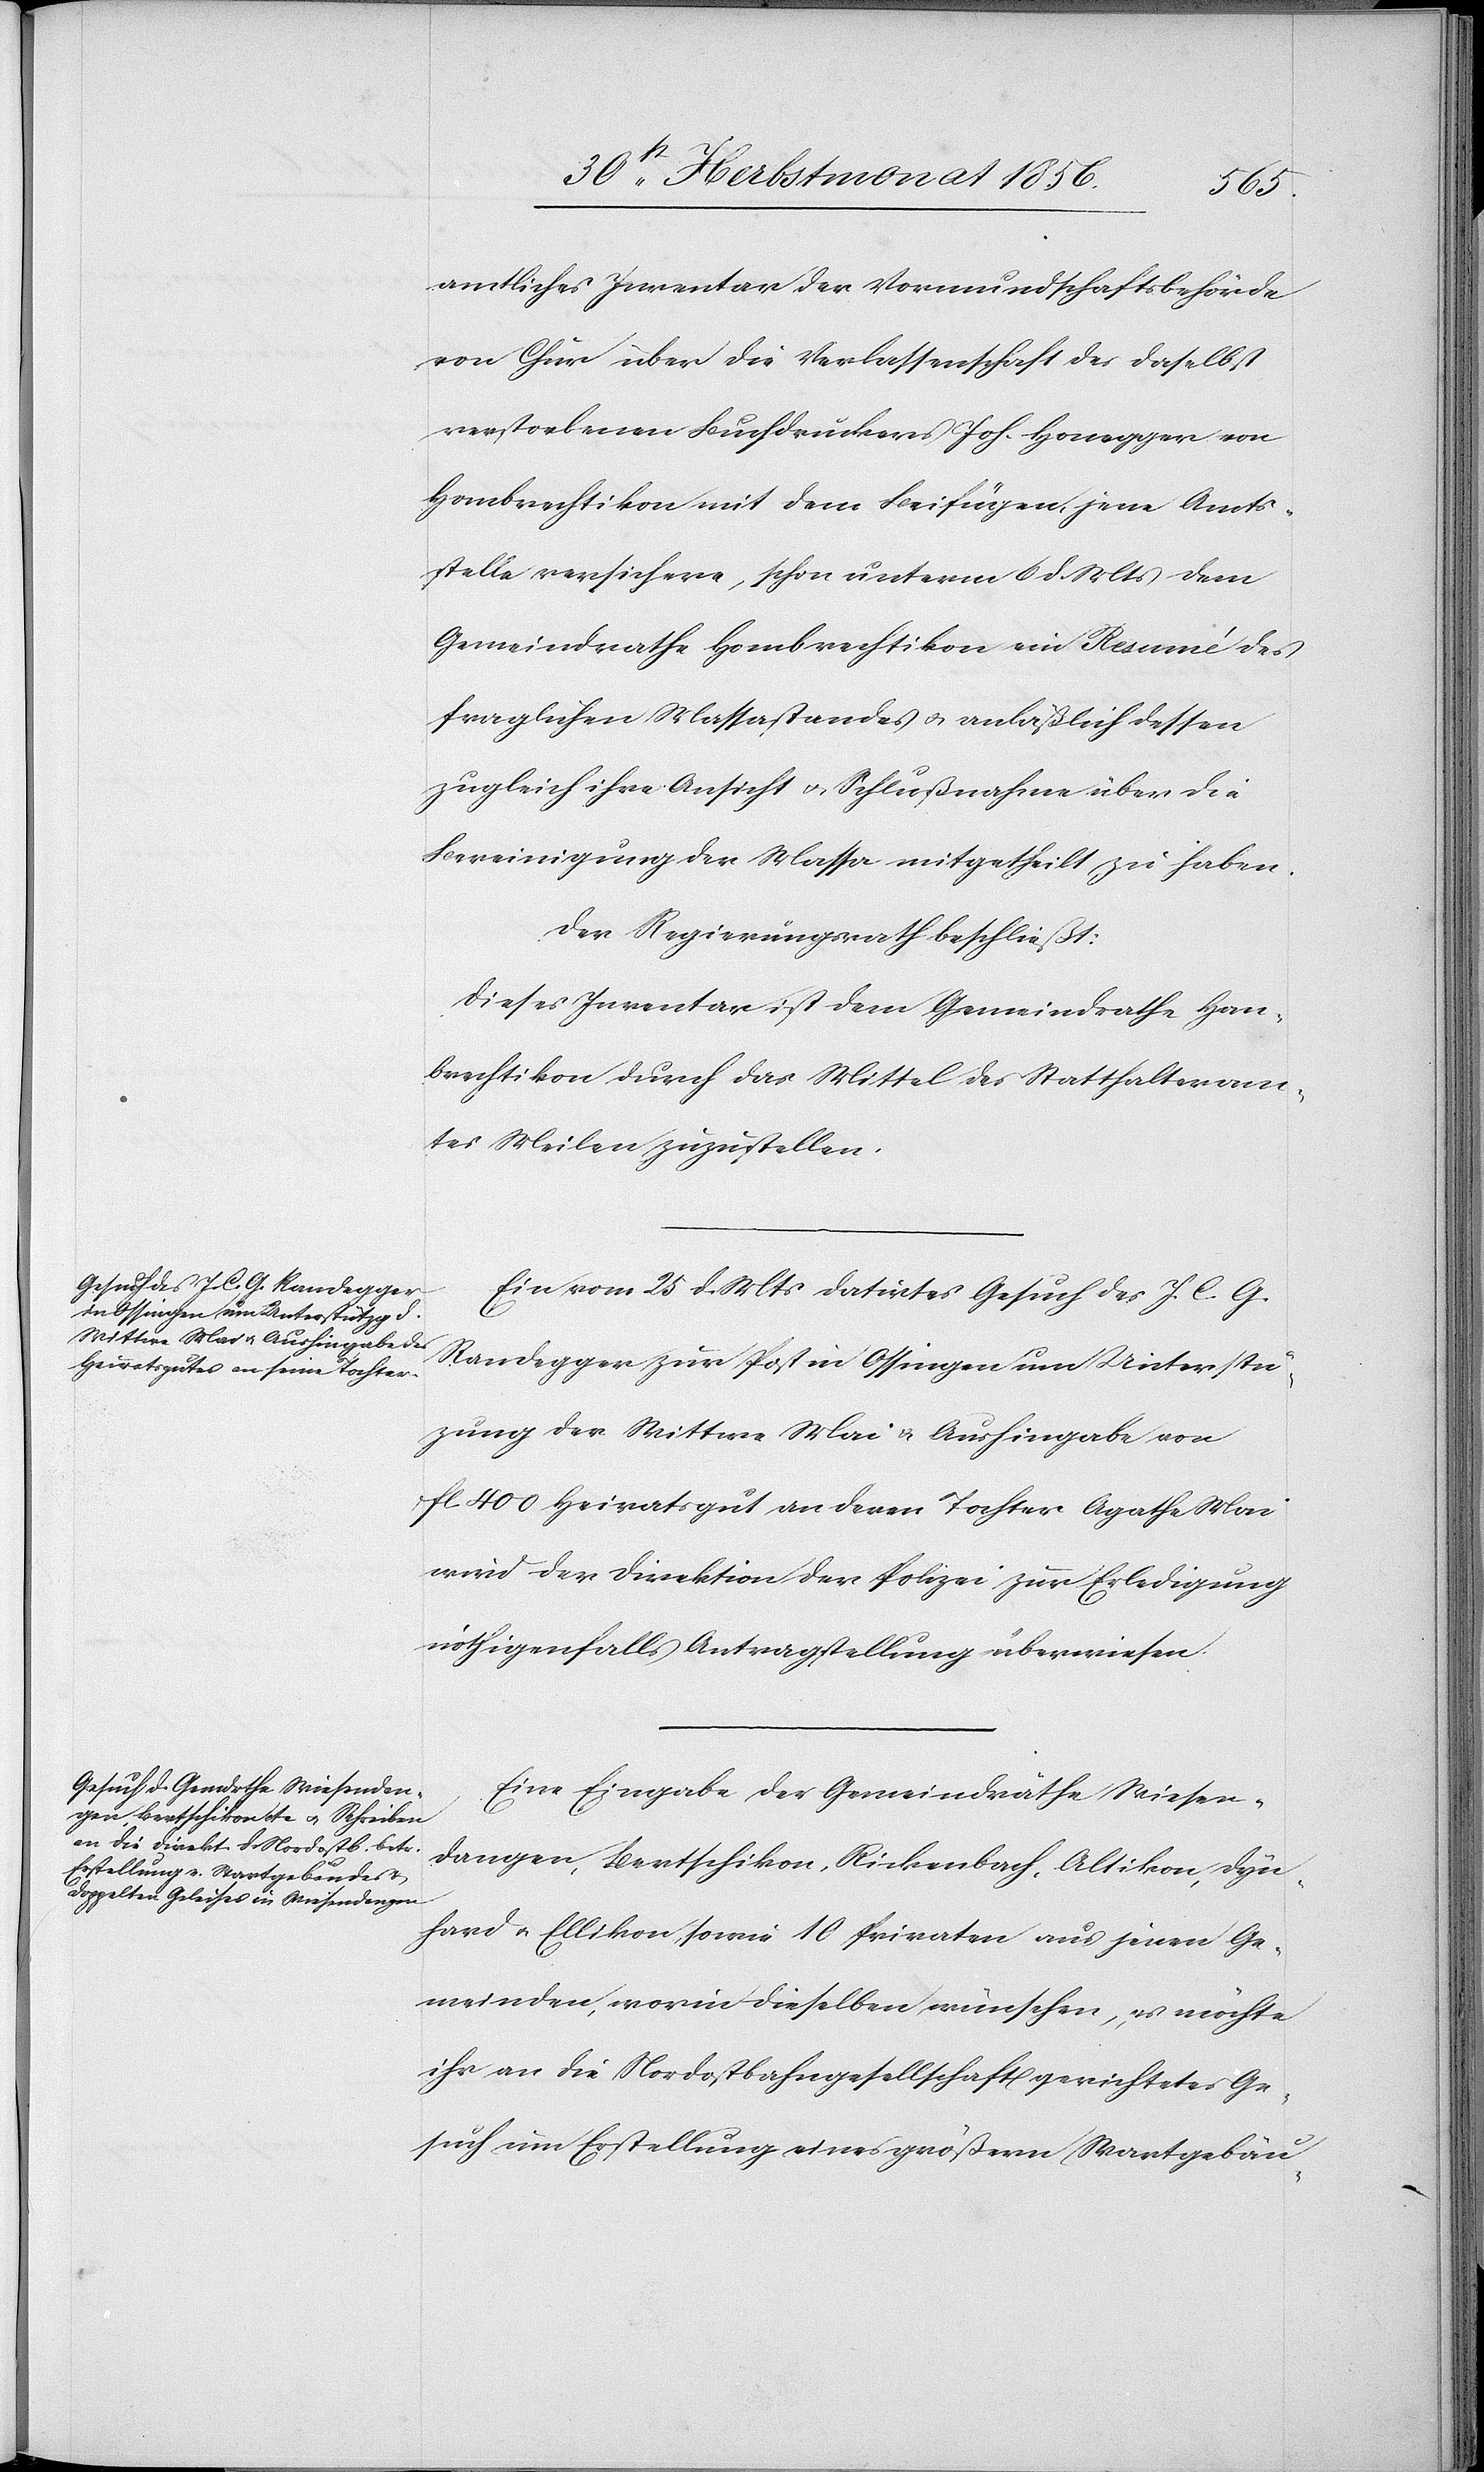
amtliches Inventar der Vormundschaftsbehörde
von Chur über die Verlassenschaft des daselbst
verstorbenen Buchdruckers Joh. Honegger von
Hombrechtikon mit dem Beifügen, jene Amts¬
stelle versichere, schon unterm 6 d. Mts dem
Gemeindrathe Hombrechtikon ein Resumé des
fraglichen Massastandes u. anläßlich dessen
zugleich ihre Ansicht u. Schlußnahme über die
Bereinigung der Massa mitgetheilt zu haben.
Der Regierungsrath beschließt:
Dieses Inventar ist dem Gemeindrathe Hom¬
brechtikon durch das Mittel des Statthalteram¬
tes Meilen zuzustellen.
Ein vom 25 d. Mts datirtes Gesuch des J. C. G.
Randegger zur Post in Ossingen um Unterstü¬
tzung der Wittwe Mai & Aushingabe von
fl. 400 Heiratsgut an deren Tochter Agathe Mai
wird der Direktion der Polizei zur Erledigung
nöthigenfalls Antragstellung überwiesen.
Eine Eingabe der Gemeindräthe Wiesen¬
dangen, Bertschikon, Rickenbach, Altikon, Dyn¬
hard u. Ellikon, sowie 10 Privaten aus jenen Ge¬
meinden, worin dieselben wünschen, es möchte
ihr an die Nordostbahngesellschaft gerichtetes Ge¬
such um Erstellung eines größern Wartgebäu-